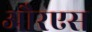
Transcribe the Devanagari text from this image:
औरएस